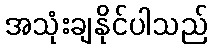
အသုံးချနိုင်ပါသည်